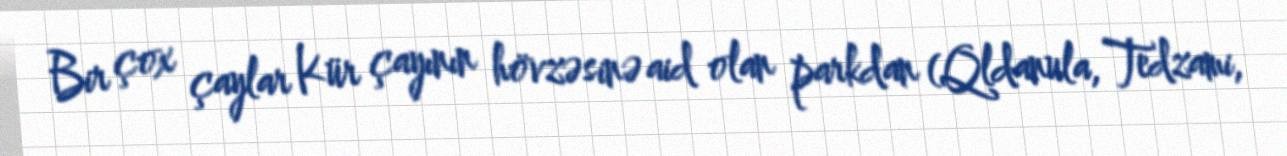
Bir çox çaylar Kür çayının hövzəsinə aid olan parkdan (Qldanula, Tedzami,